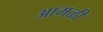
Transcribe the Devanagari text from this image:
आमळी